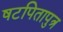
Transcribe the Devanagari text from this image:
षटपितापुत्र